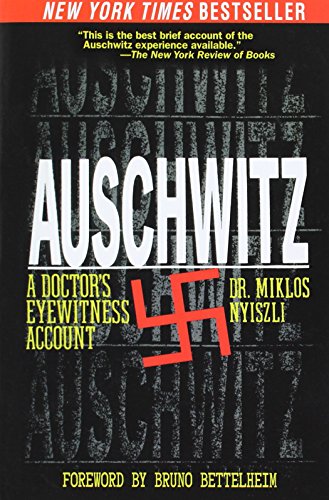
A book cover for Auschwitz: A Doctor's Eyewitness Account; Miklos Nyiszli; Biographies & Memoirs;